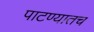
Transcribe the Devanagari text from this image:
पाटण्यातच